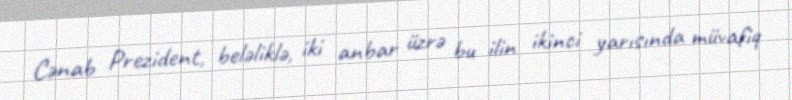
Cənab Prezident, beləliklə, iki anbar üzrə bu ilin ikinci yarısında müvafiq